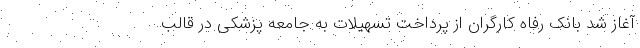
آغاز شد بانک رفاه کارگران از پرداخت تسهیلات به جامعه پزشکی در قالب